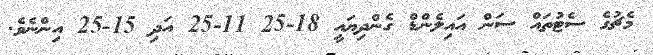
މެޗުގެ ސެޓުތައް ސަން އައިލެންޑް ގެންދިޔައީ 18-25 11-25 އަދި 15-25 އިންނެވެ.